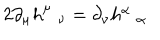
2 \partial _ { \mu } h _ { \nu } ^ { \mu } = \partial _ { \nu } h _ { \alpha } ^ { \alpha }